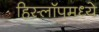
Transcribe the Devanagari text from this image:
हिस्लॉपमध्ये